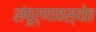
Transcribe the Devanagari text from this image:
संपूर्णावस्थेत